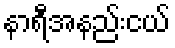
နာရီအနည်းငယ်